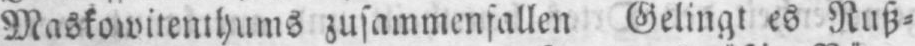
Maskowitenthums zusammenfallen Gelingt es Ruß⸗